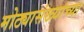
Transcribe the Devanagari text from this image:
मोठ्यासंख्यांच्या